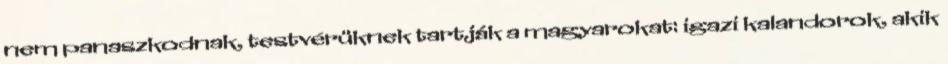
nem panaszkodnak, testvérüknek tartják a magyarokat: igazi kalandorok, akik